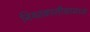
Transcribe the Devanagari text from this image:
नियतकालीकामध्ये